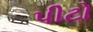
પીટો